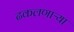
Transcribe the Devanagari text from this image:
ढकलणाऱ्या